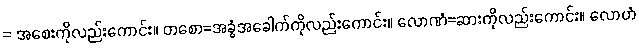
= အစေးကိုလည်းကောင်း။ တစော=အခွံအခေါက်ကိုလည်းကောင်း။ လောဏံ=ဆားကိုလည်းကောင်း။ လောဟံ